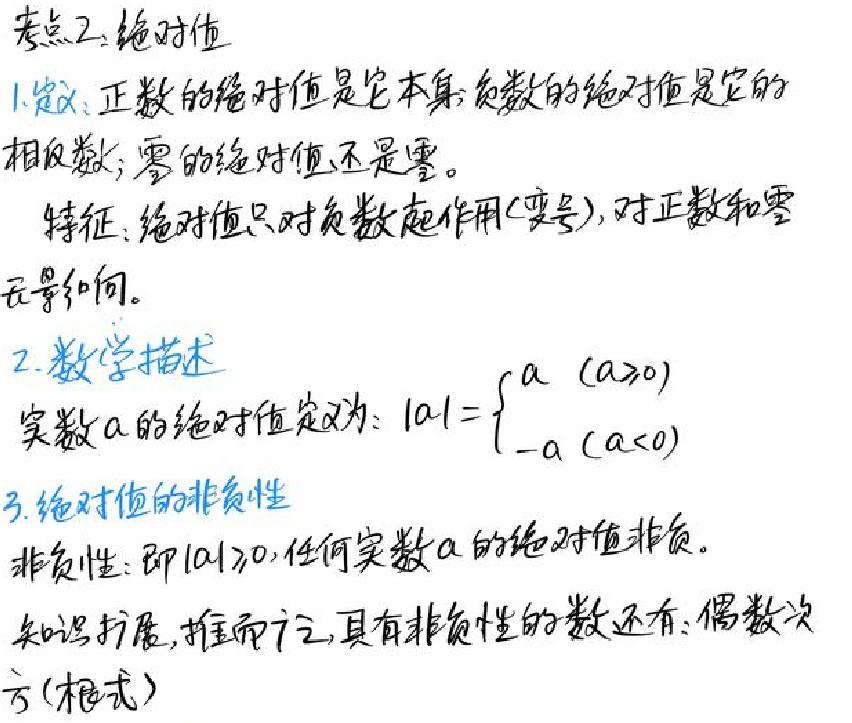
考点2：绝对值
1. 定义：正数的绝对值是它本身；负数的绝对值是它的相反数；零的绝对值还是零。
特征：绝对值只对负数起作用（变号），对正数和零无影响。
2. 数学描述
实数a的绝对值定义为：$|a| = \begin{cases} a & (a \geq 0) \\ -a & (a < 0) \end{cases}$
3. 绝对值的非负性
非负性：即$|a| \geq 0$，任何实数a的绝对值非负。
知识扩展，推而广之，具有非负性的数还有：偶数次方（根式）